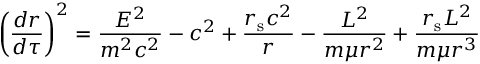
\left( { \frac { d r } { d \tau } } \right) ^ { 2 } = { \frac { E ^ { 2 } } { m ^ { 2 } c ^ { 2 } } } - c ^ { 2 } + { \frac { r _ { \mathrm { { s } } } c ^ { 2 } } { r } } - { \frac { L ^ { 2 } } { m \mu r ^ { 2 } } } + { \frac { r _ { \mathrm { { s } } } L ^ { 2 } } { m \mu r ^ { 3 } } }